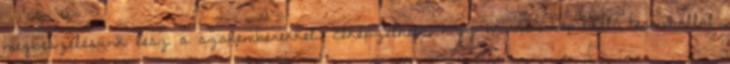
megbeszélésünk lesz a szakemberekkel. Elképzelhető, hogy minden képviselő terminállal